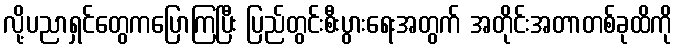
လို့ပညာရှင်တွေကပြောကြပြီး ပြည်တွင်းစီးပွားရေးအတွက် အတိုင်းအတာတစ်ခုထိကို